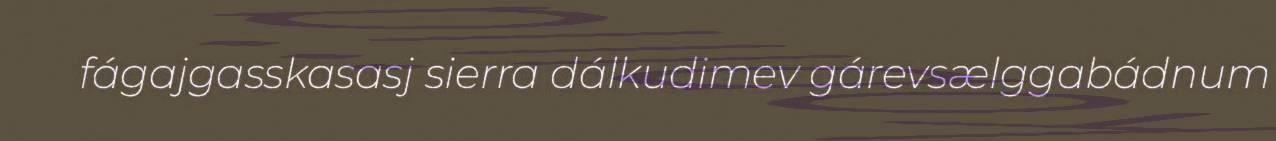
fágajgasskasasj sierra dálkudimev gárevsælggabádnum